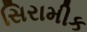
સિરામીક